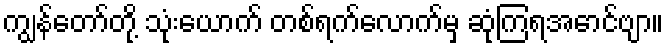
ကျွန်တော်တို့ သုံးယောက် တစ်ရက်လောက်မှ ဆုံကြရအောင်ဗျာ။